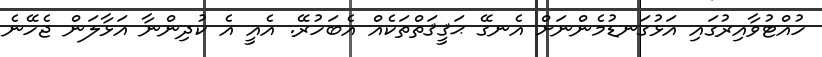
ހުއްޓުވާއިރުގައި އަޅުގަނޑުމެންނަށް އެނގޭ ޙަޤީޤަތްތަކެއް އެބަހުރޭ. އެއީ އެ ކުދިންނާ އަޅާލަން ޖެހޭނެ